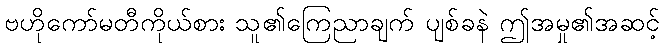
ဗဟိုကော်မတီကိုယ်စား သူ၏ကြေညာချက် ပျစ်ခနဲ ဤအမှု၏အဆင့်